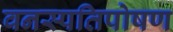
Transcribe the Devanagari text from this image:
वनस्पतिपोषण